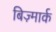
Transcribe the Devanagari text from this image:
बिज़्मार्क